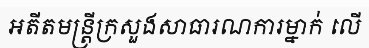
អតីតមន្ត្រីក្រសួងសាធារណការម្នាក់ លើ